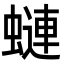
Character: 𧐖